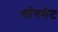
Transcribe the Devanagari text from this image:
लाँगमेट